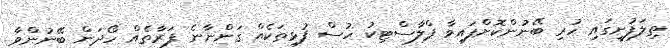
ތިލަފުށީގައި ހުރި ބޭނުންކޮށްފައިވާ ޕްލާސްޓިކު ހުސް ފުޅިތަކެއް ގަންނާނެ ފަރާތެއް ހޯދަން ބޭނުންވާ